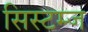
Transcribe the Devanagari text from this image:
सिस्टम्ज